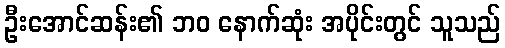
ဦးအောင်ဆန်း၏ ဘဝ နောက်ဆုံး အပိုင်းတွင် သူသည်